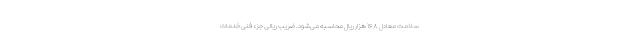
سلامت معادل ۱۶۸ هزار ریال محاسبه می‌شود. ضریب ریالی جزء فنی خدمات